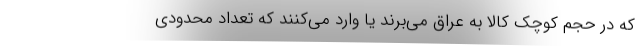
كه در حجم كوچك كالا به عراق مي‌برند يا وارد مي‌كنند كه تعداد محدودي